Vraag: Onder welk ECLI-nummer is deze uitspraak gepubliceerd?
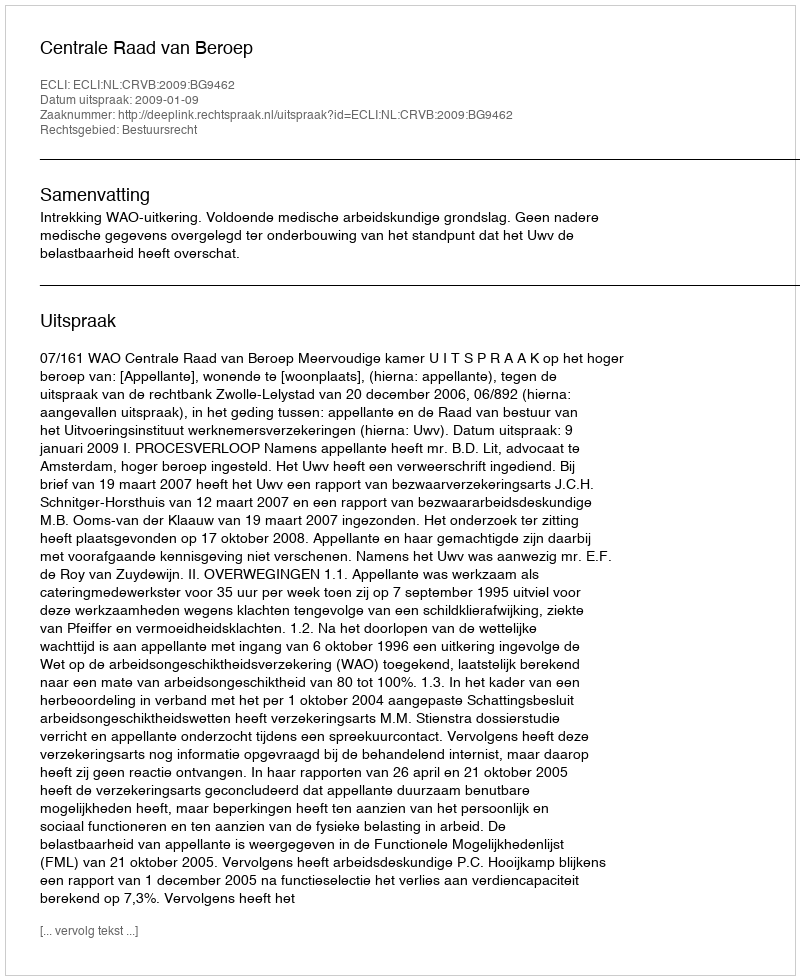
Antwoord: ECLI:NL:CRVB:2009:BG9462